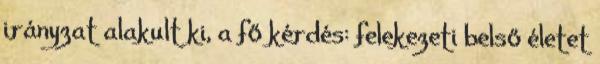
irányzat alakult ki, a fő kérdés: felekezeti belső életet